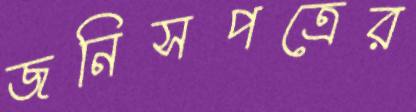
জনিসপত্রের